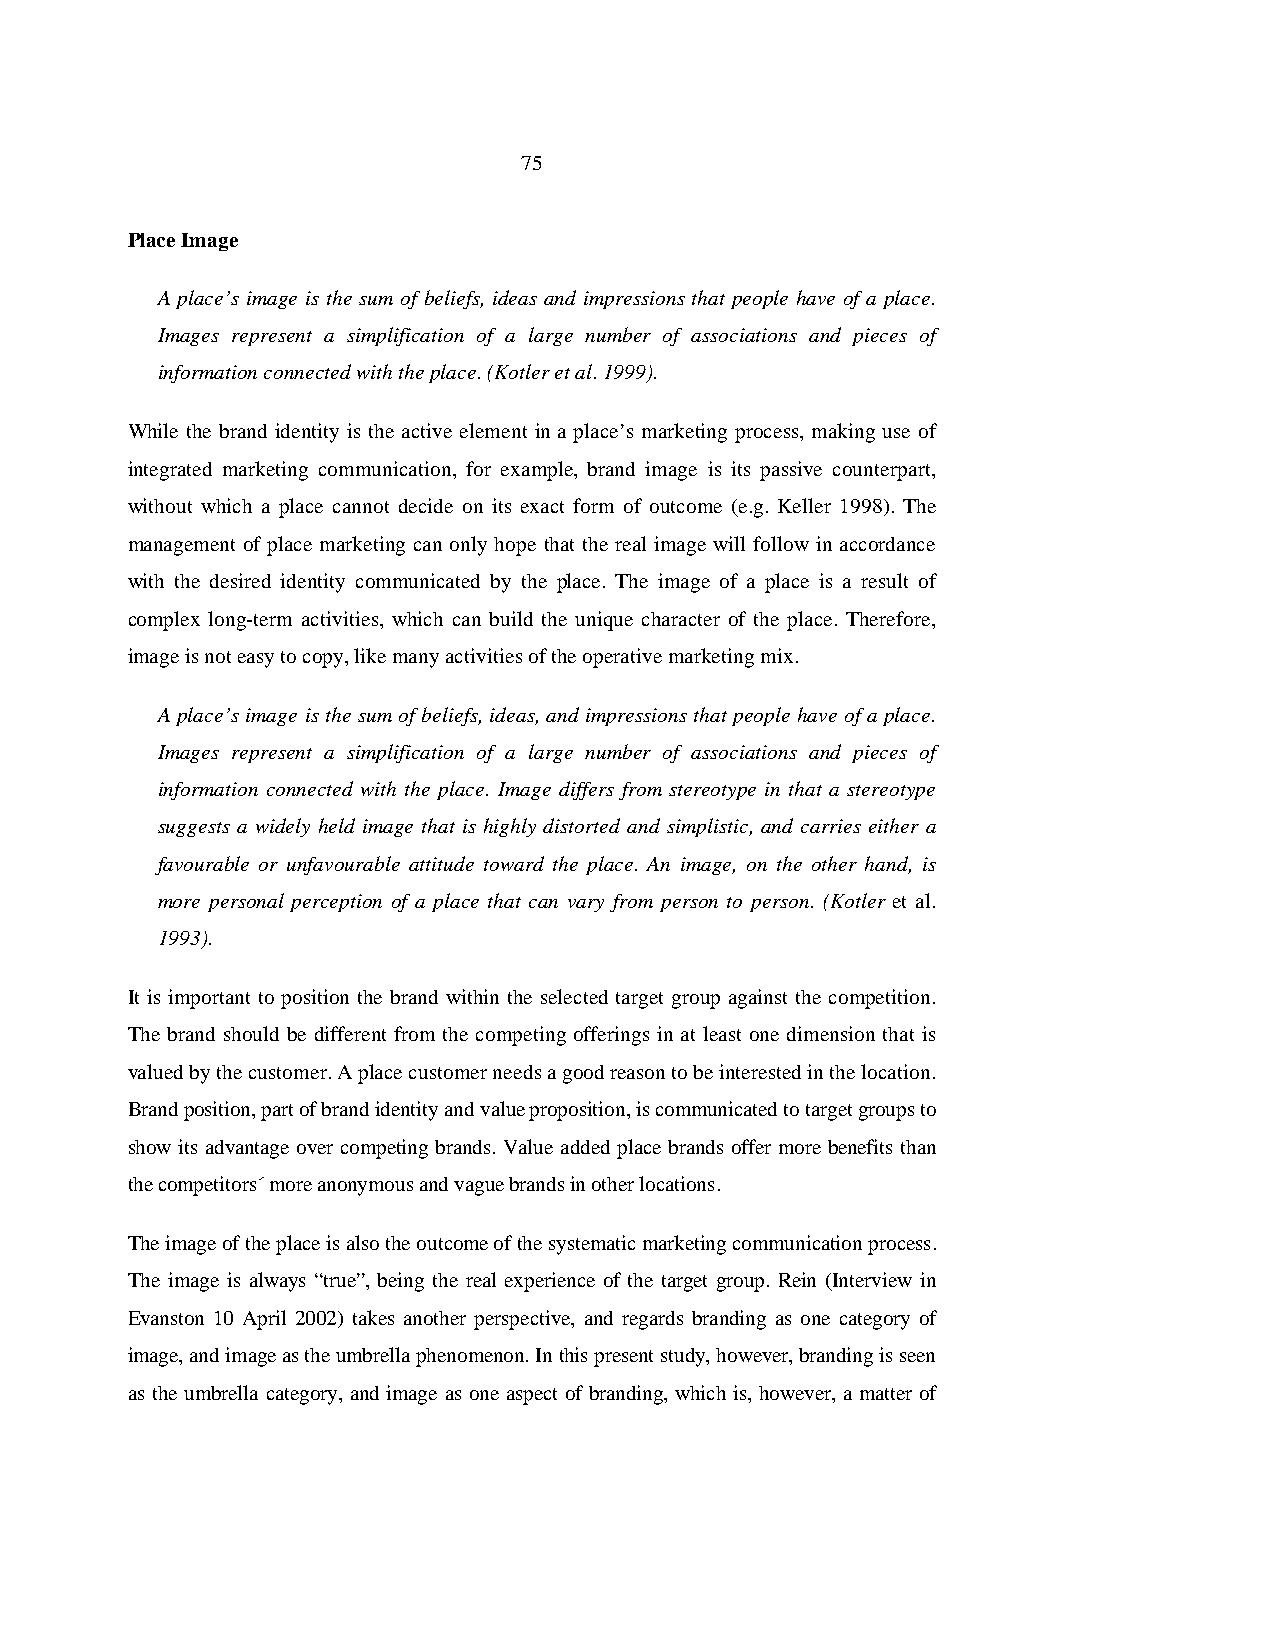
75
 Place Image
 A place’s image is the sum of beliefs, ideas and impressions that people have of a place.
 Images represent a simplification of a large number of associations and pieces of
 information connected with the place. (Kotler et al. 1999).
 While the brand identity is the active element in a place’s marketing process, making use of
 integrated marketing communication, for example, brand image is its passive counterpart,
 without which a place cannot decide on its exact form of outcome (e.g. Keller 1998). The
 management of place marketing can only hope that the real image will follow in accordance
 with the desired identity communicated by the place. The image of a place is a result of
 complex long-term activities, which can build the unique character of the place. Therefore,
 image is not easy to copy, like many activities of the operative marketing mix.
 A place’s image is the sum of beliefs, ideas, and impressions that people have of a place.
 Images represent a simplification of a large number of associations and pieces of
 information connected with the place. Image differs from stereotype in that a stereotype
 suggests a widely held image that is highly distorted and simplistic, and carries either a
 favourable or unfavourable attitude toward the place. An image, on the other hand, is
 more personal perception of a place that can vary from person to person. (Kotler et al.
 1993).
 It is important to position the brand within the selected target group against the competition.
 The brand should be different from the competing offerings in at least one dimension that is
 valued by the customer. A place customer needs a good reason to be interested in the location.
 Brand position, part of brand identity and value proposition, is communicated to target groups to
 show its advantage over competing brands. Value added place brands offer more benefits than
 the competitors´ more anonymous and vague brands in other locations.
 The image of the place is also the outcome of the systematic marketing communication process.
 The image is always “true”, being the real experience of the target group. Rein (Interview in
 Evanston 10 April 2002) takes another perspective, and regards branding as one category of
 image, and image as the umbrella phenomenon. In this present study, however, branding is seen
 as the umbrella category, and image as one aspect of branding, which is, however, a matter of